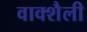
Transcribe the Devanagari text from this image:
वाक्शैली